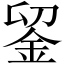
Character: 𨥫